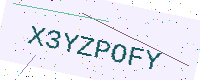
Text: X3YZPOFY